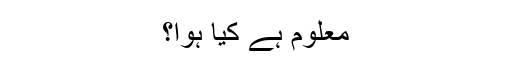
معلوم ہے کیا ہوا؟